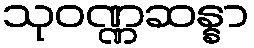
သုဝဏ္ဏဆန္နာ